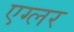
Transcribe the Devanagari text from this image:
एग्लर